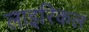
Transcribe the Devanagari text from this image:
लाइरिकल